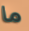
ما